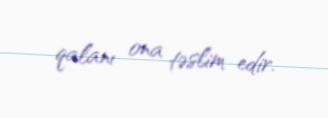
qalanı ona təslim edir.